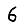
Digit: 6